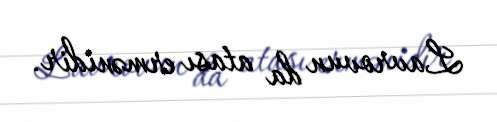
Lavrovun da atası ermənidir.